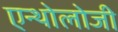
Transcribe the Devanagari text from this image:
एन्थोलोजी